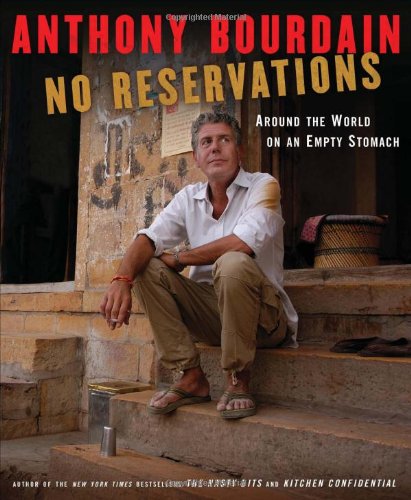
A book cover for No Reservations: Around the World on an Empty Stomach; Anthony Bourdain; Cookbooks, Food & Wine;